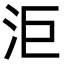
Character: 洰